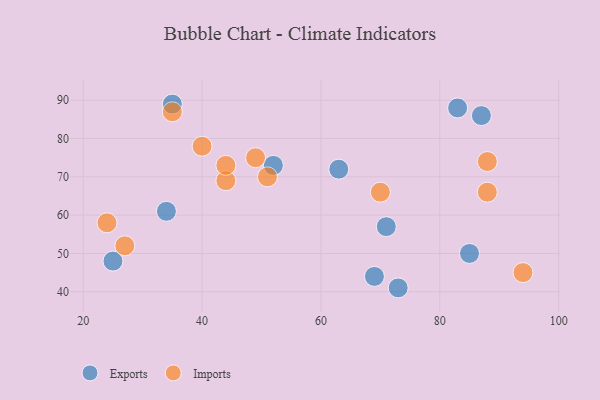
{"axis": {"x": "GDP", "y": "Life Expectancy"}, "legend": ["Exports", "Imports"], "data": [{"x": "34", "y": 61, "type": "Exports"}, {"x": "35", "y": 89, "type": "Exports"}, {"x": "25", "y": 48, "type": "Exports"}, {"x": "83", "y": 88, "type": "Exports"}, {"x": "71", "y": 57, "type": "Exports"}, {"x": "87", "y": 86, "type": "Exports"}, {"x": "73", "y": 41, "type": "Exports"}, {"x": "52", "y": 73, "type": "Exports"}, {"x": "69", "y": 44, "type": "Exports"}, {"x": "63", "y": 72, "type": "Exports"}, {"x": "85", "y": 50, "type": "Exports"}, {"x": "88", "y": 66, "type": "Imports"}, {"x": "35", "y": 87, "type": "Imports"}, {"x": "94", "y": 45, "type": "Imports"}, {"x": "40", "y": 78, "type": "Imports"}, {"x": "88", "y": 74, "type": "Imports"}, {"x": "44", "y": 69, "type": "Imports"}, {"x": "51", "y": 70, "type": "Imports"}, {"x": "70", "y": 66, "type": "Imports"}, {"x": "24", "y": 58, "type": "Imports"}, {"x": "44", "y": 73, "type": "Imports"}, {"x": "49", "y": 75, "type": "Imports"}, {"x": "27", "y": 52, "type": "Imports"}]}